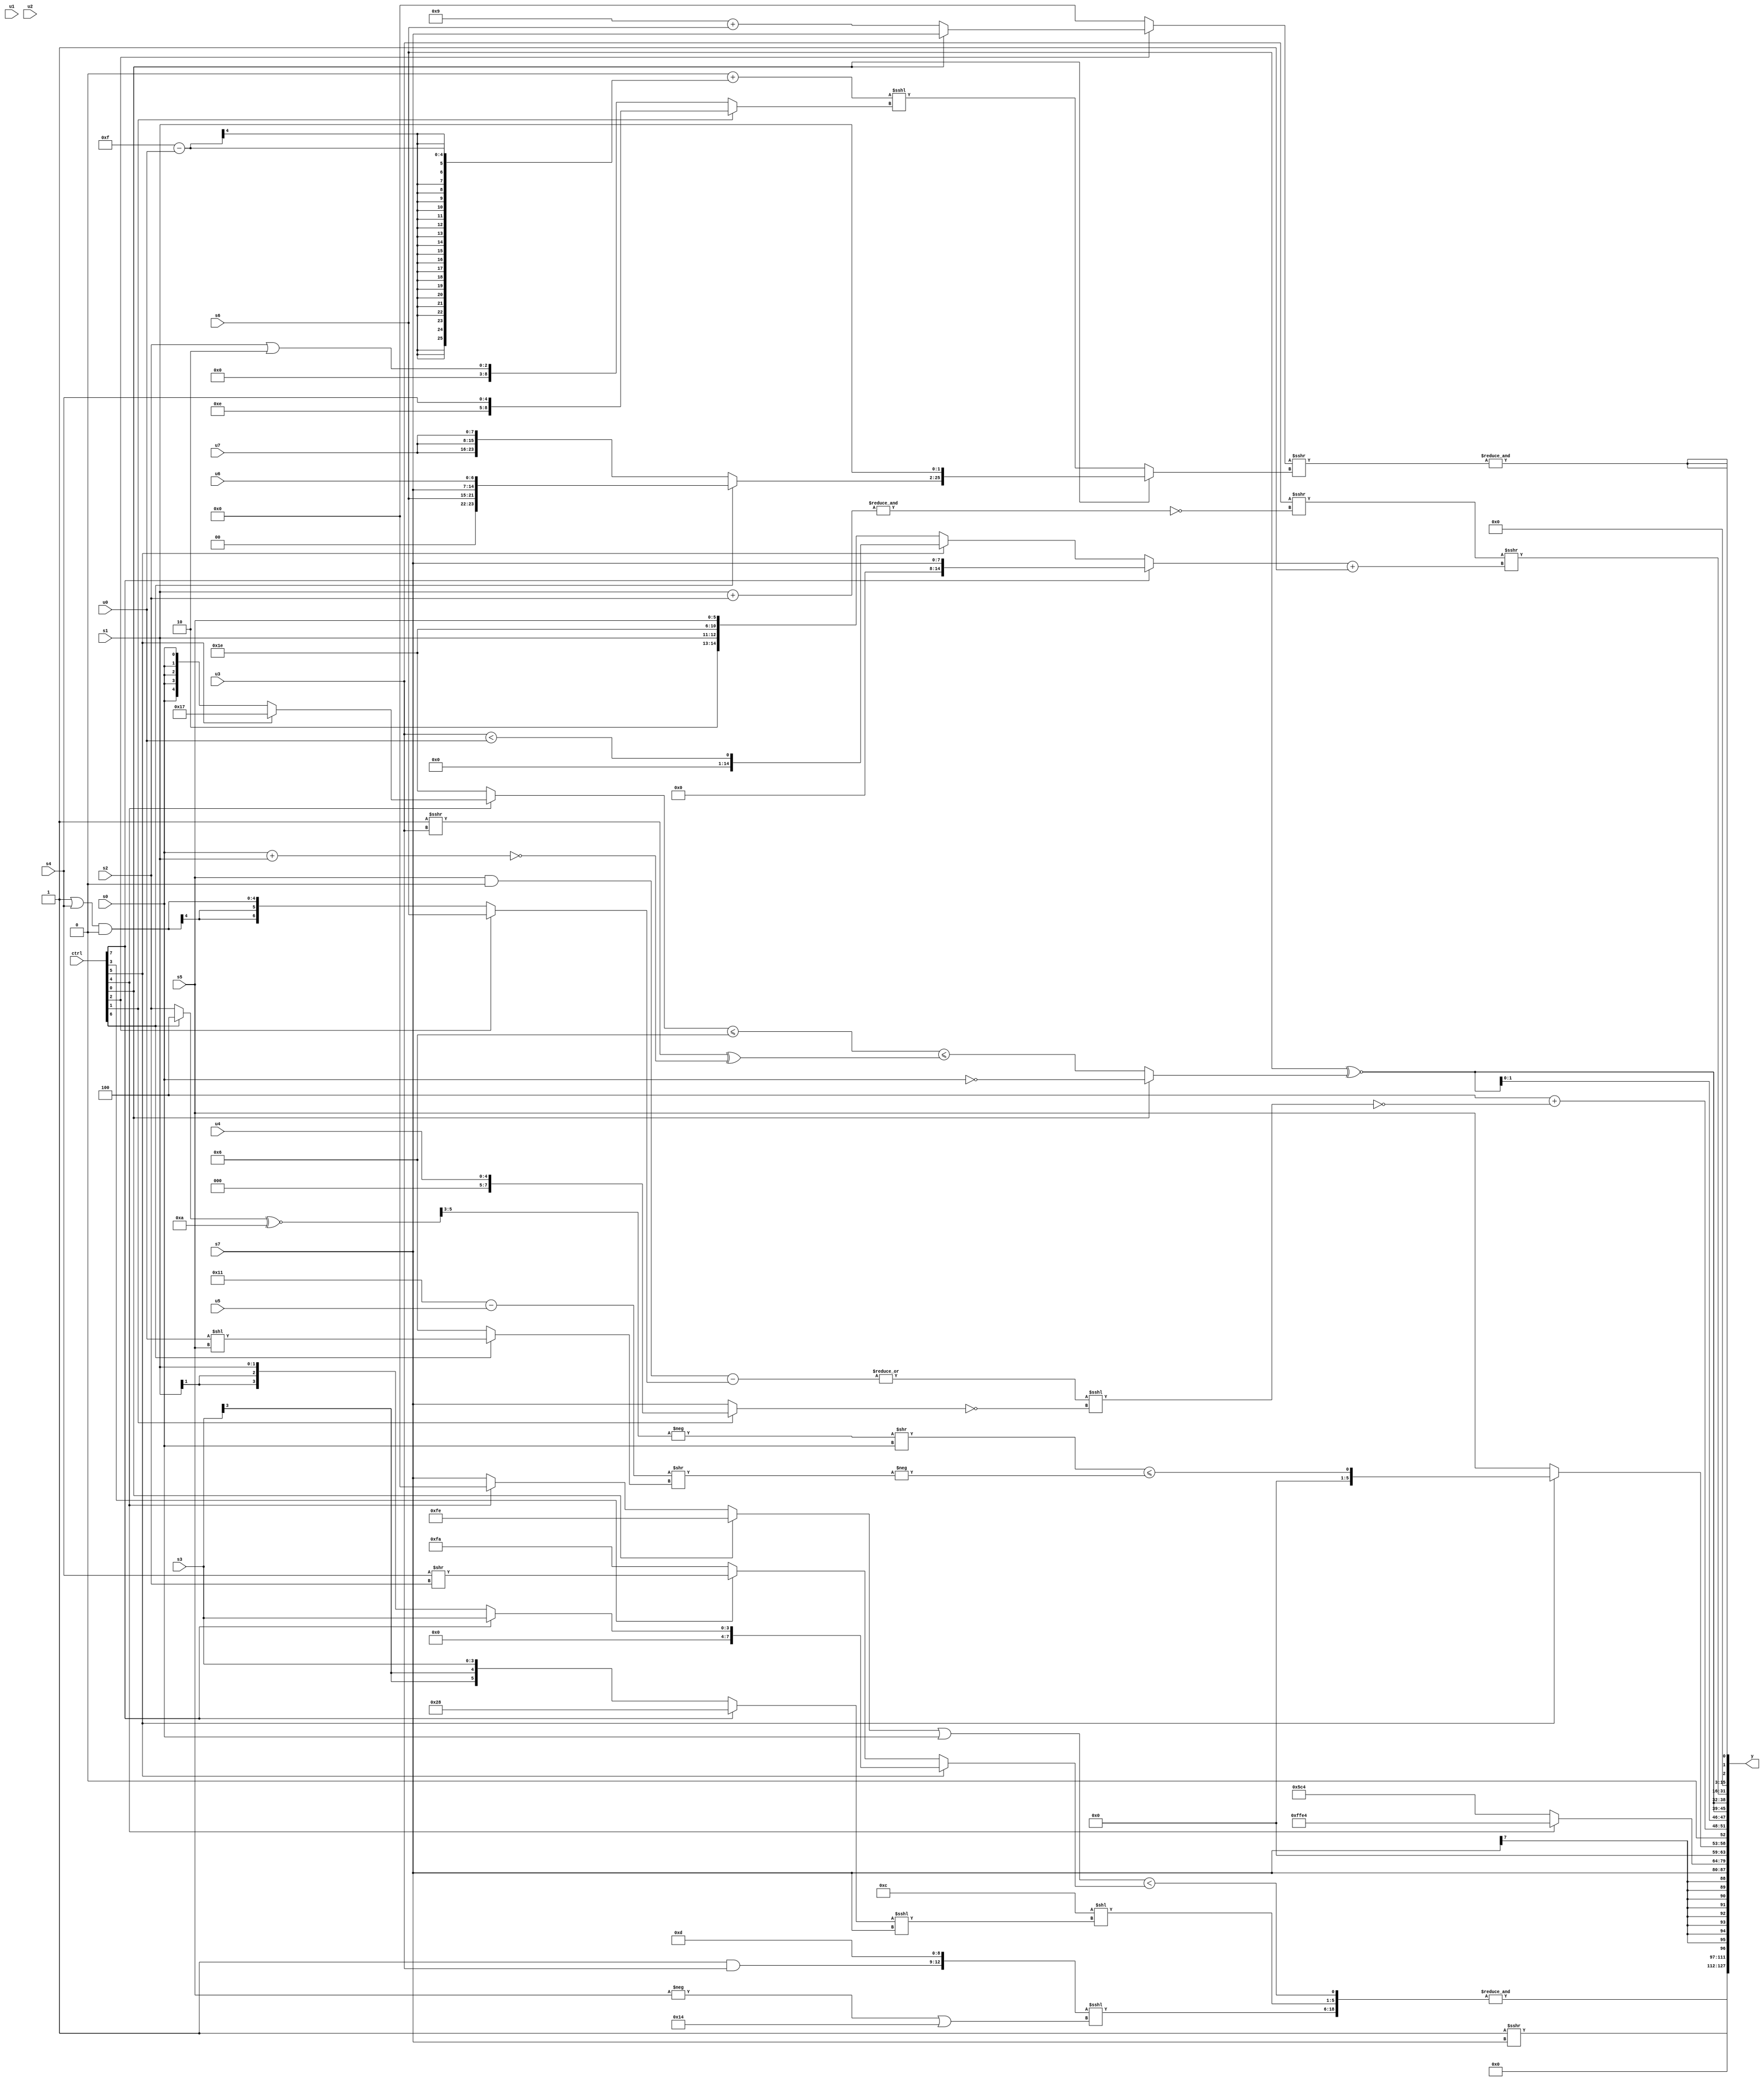
module wideexpr_00977(ctrl, u0, u1, u2, u3, u4, u5, u6, u7, s0, s1, s2, s3, s4, s5, s6, s7, y);
  input [7:0] ctrl;
  input [0:0] u0;
  input [1:0] u1;
  input [2:0] u2;
  input [3:0] u3;
  input [4:0] u4;
  input [5:0] u5;
  input [6:0] u6;
  input [7:0] u7;
  input signed [0:0] s0;
  input signed [1:0] s1;
  input signed [2:0] s2;
  input signed [3:0] s3;
  input signed [4:0] s4;
  input signed [5:0] s5;
  input signed [6:0] s6;
  input signed [7:0] s7;
  output [127:0] y;
  wire [15:0] y0;
  wire [15:0] y1;
  wire [15:0] y2;
  wire [15:0] y3;
  wire [15:0] y4;
  wire [15:0] y5;
  wire [15:0] y6;
  wire [15:0] y7;
  assign y = {y0,y1,y2,y3,y4,y5,y6,y7};
  assign y0 = (1'sb1)>>>(s7);
  assign y1 = &(+({^($signed(~^(4'sb1010))),$signed(({(3'sb001)&(u3),(2'sb00)>>>(1'sb1),(3'sb101)>(6'sb001011),6'sb001101})<<<((-(s5))|(+(6'sb010100)))),(((ctrl[0]?-(4'b0010):(ctrl[4]?1'sb0:s7)))|(s0))<((ctrl[5]?$signed((ctrl[7]?s3:s1)):(ctrl[3]?(s4)>>(s2):-(4'b0110)))),(5'sb01100)<<(($signed((ctrl[7]?6'sb101000:s3)))<<<($unsigned(s7)))}));
  assign y2 = s7;
  assign y3 = (ctrl[4]?-(5'b11100):$signed({-(6'b010010),5'sb00100}));
  assign y4 = {(ctrl[5]?+(((-((((ctrl[6]?3'sb100:s2))^~((2'sb10)&(5'sb01010)))>>>(+($unsigned(2'sb11)))))>>((-(s0))<<<((s5)>>(~($unsigned(6'sb000001))))))<=($signed(-(({1{(5'sb10001)-(u5)}})>>((ctrl[6]?(u0)<<(s5):4'sb0110)))))):s5),($unsigned(5'sb00100))+(~&((|(($signed((s5)&((s0)>>(6'b001011))))-((ctrl[2]?(ctrl[2]?s6:s5):((4'sb1111)|(s4))&((s3)<<(5'sb11010))))))<<<(((ctrl[1]?u4:s7))==(1'sb0))))};
  assign y5 = {3{(s6)^~(+($unsigned((ctrl[0]?$unsigned(~|(s0)):(((ctrl[4]?(ctrl[5]?5'sb10111:s0):$signed(3'b110)))<=($signed((4'b1101)>>(1'sb1))))<=(($signed((5'sb11111)>>>(u3)))^(!((s0)+(s1))))))))}};
  assign y6 = ((u3)>>>(~&($unsigned(+((s1)+(s2))))))>>>(($unsigned((ctrl[7]?s7:(ctrl[5]?(u3)<(u0):{2'sb10,s1,5'b11110,s5}))))+(1'b1));
  assign y7 = {3{&(($signed((ctrl[2]?(ctrl[0]?s7:(5'sb11001)+(s6)):3'sb000)))>>>((ctrl[0]?{(ctrl[6]?{s6,s7,u6}:{3{u7}}),$signed($signed(s1))}:(({3'b000})+((6'b001111)-(u0)))<<<((ctrl[1]?{4'sb1110,s4}:(s2)|(2'b10))))))}};
endmodule